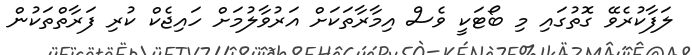
ލަފާކުރެވޭ ގޮތުގައި މި ބޯޓަކީ ވެސް އިމާރާތަކަށް އަރުވާލުމަށް ހައިޖެކް ކުރި ފަރާތްތަކުން